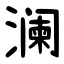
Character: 澜